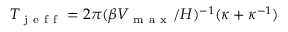
T _ { \mathrm { ~ j ~ e ~ f ~ f ~ } } = 2 \pi ( \beta V _ { \mathrm { ~ m ~ a ~ x ~ } } / H ) ^ { - 1 } ( \kappa + \kappa ^ { - 1 } )